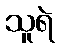
သူရဲ